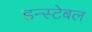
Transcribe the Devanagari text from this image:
डन्स्टेबल